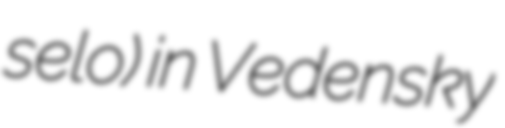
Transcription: selo) in Vedensky